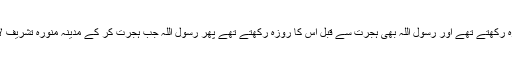
بہرحال قریش یوم عاشوراء کی تعظیم کرتے تھے اور اس کا روزہ رکھتے تھے اور رسول اللہؐ بھی ہجرت سے قبل اس کا روزہ رکھتے تھے پھر رسول اللہؐ جب ہجرت کر کے مدینہ منورہ تشریف لائے تو یہاں یہود کو بھی دیکھا کہ عاشوراء کا روزہ رکھتے ہیں۔